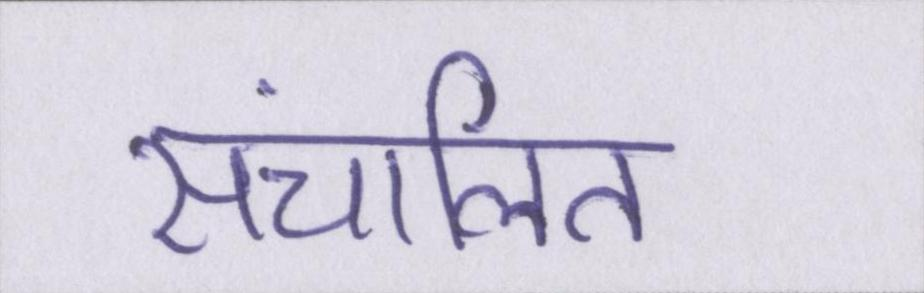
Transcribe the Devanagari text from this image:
संचालित